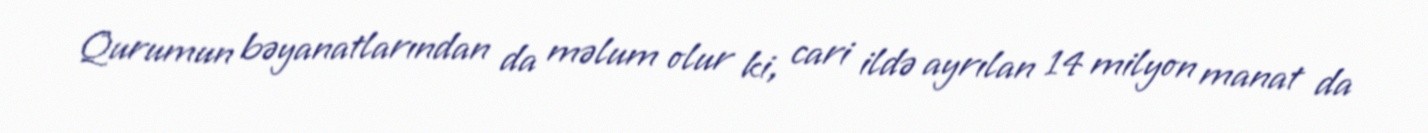
Qurumun bəyanatlarından da məlum olur ki, cari ildə ayrılan 14 milyon manat da